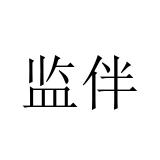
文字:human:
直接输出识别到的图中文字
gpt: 监伴